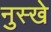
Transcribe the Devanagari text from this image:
नुस्‍खे